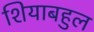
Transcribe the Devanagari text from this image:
शियाबहुल